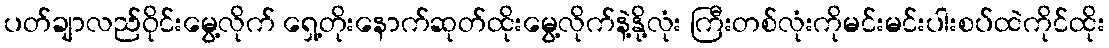
ပတ်ချာလည်ဝိုင်းမွေ့လိုက် ရှေ့တိုးနောက်ဆုတ်ထိုးမွေ့လိုက်နဲ့နို့လုံး ကြီးတစ်လုံးကိုမင်းမင်းပါးစပ်ထဲကိုင်ထိုး